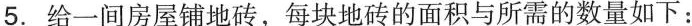
5. 给一间房屋铺地砖，每块地砖的面积与所需的数量如下：